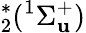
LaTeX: ^{*}_{2}(^{1}\Sigma_{\mathbf{u}}^{+})